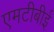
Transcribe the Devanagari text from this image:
एमटीबीई